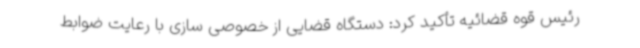
رئیس قوه قضائیه تأکید کرد: دستگاه قضایی از خصوصی سازی با رعایت ضوابط